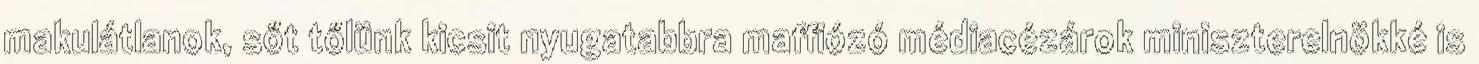
makulátlanok, sőt tőlünk kicsit nyugatabbra maffiózó médiacézárok miniszterelnökké is